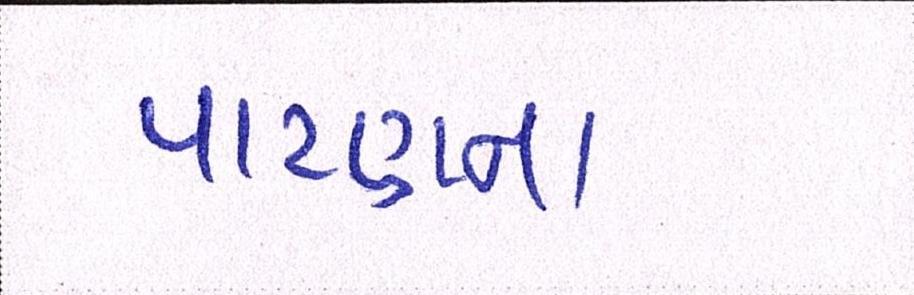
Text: પાટણના